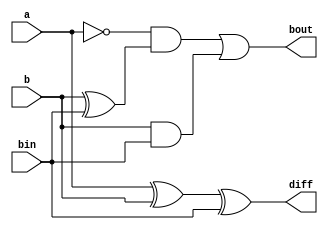
// Code your design here
// methodology: data flow modeling
module fullsubtractor1(output diff, bout, input a, b, bin);
  
  assign diff = a ^ b ^ bin;
  assign bout = ~a & (b ^ bin) | b & bin;
  
endmodule


// 4 bit full subtractor using 1 bit subtractor
module fullsubtractor4(diff, bout, a, b, bin);
  
  input [3:0] a, b;
  output [3:0] diff;
  input bin;
  output bout;
  
  wire w1, w2, w3;
  
  fullsubtractor1 L0(diff[0], w1, a[0], b[0], bin);
  fullsubtractor1 L1(diff[1], w2, a[1], b[1], w1);
  fullsubtractor1 L2(diff[2], w3, a[2], b[2], w2);
  fullsubtractor1 L3(diff[3], bout, a[3], b[3], w3);
  
endmodule

// Code your testbench here
// or browse Examples

module fullsubtractor1_tb;
	wire diff, bout;
	reg a, b, bin;
  
  fullsubtractor1 m1 (diff, bout, a, b, bin);
  
initial begin
         a = 0; b = 0; bin = 0;
	#20  a = 0; b = 0; bin = 1;
	#20  a = 0; b = 1; bin = 0;
	#20  a = 0; b = 1; bin = 1;
	#20  a = 1; b = 0; bin = 0;
	#20  a = 1; b = 0; bin = 1;
	#20  a = 1; b = 1; bin = 0;
	#20  a = 1; b = 1; bin = 1; 
end
  
initial begin
    $dumpfile("dump.vcd");
    $dumpvars(1);
end
endmodule